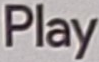
Play